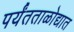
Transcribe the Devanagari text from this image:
पर्यंतताळोद्यात